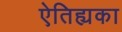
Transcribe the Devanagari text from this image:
ऐतिह्यका